Leaving Certificate Examination, 1920
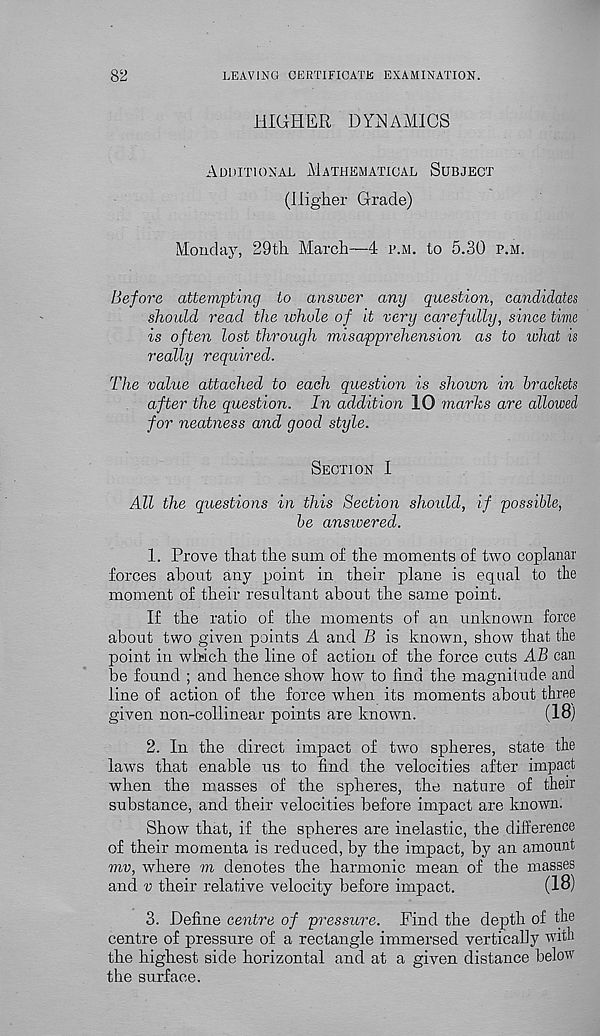
82
LEAVING CERTIFICATE EXAMINATION.
HIGHER DYNAMICS
Additional Mathematical Subject
(Higher Grade)
Monday, 29th March—4 p.m. to 5.30 p.m.
Before attempting to answer any question, candidates
should read the whole of it very carefully, since time
is often lost through misapprehension as to what is
really required.
The value attached to each question is shown in brackets
after the question. In addition 10 marks are allowed
for neatness and good style.
Section I
All the questions in this Section should, if possible,
be answered.
1. Prove that the sum of the moments of two coplanar
forces about any point in their plane is equal to the
moment of their resultant about the same point.
If the ratio of the moments of an unknown force
about two given points A and B is known, show that the
point in which the line of action of the force cuts AB can
be found ; and hence show how to hnd the magnitude and
line of action of the force when its moments about three
given non-collinear points are known.
(18)
2. In the direct impact of two spheres, state the
laws that enable us to find the velocities after impact
when the masses of the spheres, the nature of their
substance, and their velocities before impact are known.
Show that, if the spheres are inelastic, the difference
of their momenta is reduced, by the impact, by an amount
mv, where m denotes the harmonic mean of the masses
and v their relative velocity before impact.
(18)
3. Define centre of pressure. Find the depth of the
centre of pressure of a rectangle immersed vertically with
the highest side horizontal and at a given distance below
the surface.